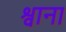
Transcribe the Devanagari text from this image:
श्वाना